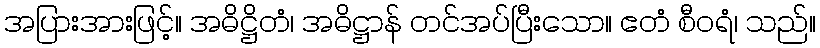
အပြားအားဖြင့်။ အဓိဋ္ဌိတံ၊ အဓိဋ္ဌာန် တင်အပ်ပြီးသော။ ဧတံ စီဝရံ၊ သည်။